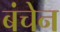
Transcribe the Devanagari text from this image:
बंचेन